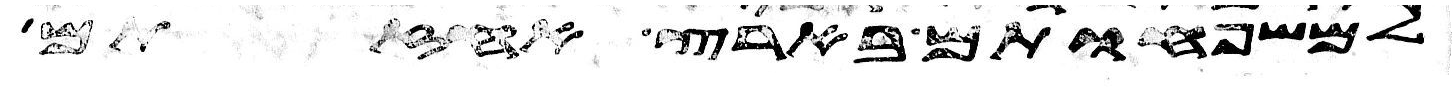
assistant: למשפחותם בארץ אחזתם